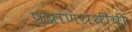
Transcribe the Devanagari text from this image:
प्रघ्राणग्रंथींची